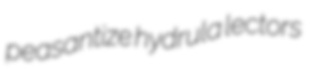
peasantize hydrula lectors